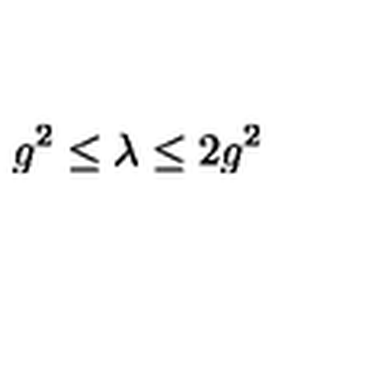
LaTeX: g ^ { 2 } \le \lambda \le 2 g ^ { 2 }